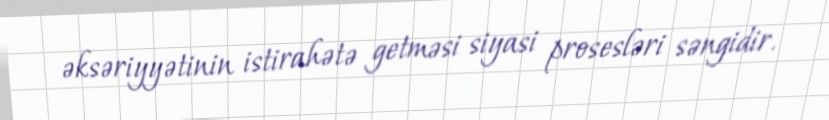
əksəriyyətinin istirahətə getməsi siyasi prosesləri səngidir.